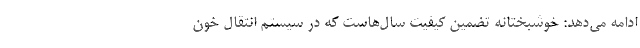
ادامه می‌دهد: خوشبختانه تضمین کیفیت سال‌هاست که در سیستم انتقال خون